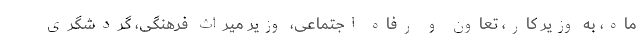
ماه، به وزیر کار، تعاون و رفاه اجتماعی، وزیر میراث فرهنگی، گردشگری